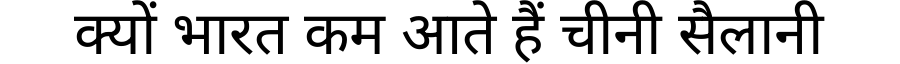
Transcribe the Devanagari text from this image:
क्यों भारत कम आते हैं चीनी सैलानी